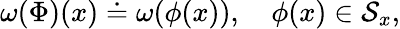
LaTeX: \omega(\Phi)(x)\doteq\omega(\phi(x)),\quad\phi(x)\in{\cal S}_{x},